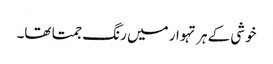
خوشی کے ہر تہوار میں رنگ جمتا تھا۔